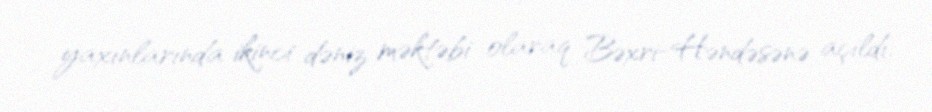
yaxınlarında ikinci dəniz məktəbi olaraq Bəxri-Həndəsənə açıldı.